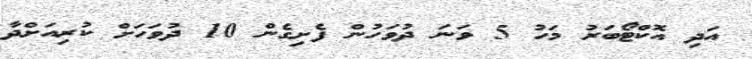
އަދި އޮކްޓޯބަރު މަހު 5 ވަނަ ދުވަހުން ފެށިގެން 10 ދުވަހަށް ކުރިއަށްދާ